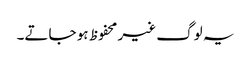
یہ لوگ غیر محفوظ ہو جاتے۔